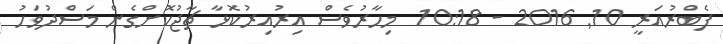
ފެބްރުއަރީ 10